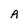
Character: A